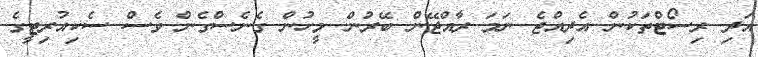
އަދި ރިސޯޓްތަކުން އެދިއްޖެ ނަމަ ރާއްޖޭން ބޭރުން މީހުން ގެނެސްގެން ވެސް ސެކިއުރިޓީގެ